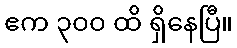
ဧက ၃၀၀ ထိ ရှိနေပြီ။